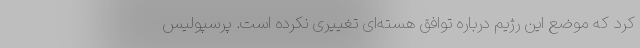
کرد که موضع این رژیم درباره توافق هسته‌ای تغییری نکرده است. پرسپولیس